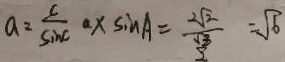
a = \frac { c } { \sin C } a \times \sin A = \frac { 2 \sqrt { 2 } } { \frac { \sqrt { 3 } } { 2 } } = \sqrt { 6 }